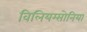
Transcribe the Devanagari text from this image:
विलियम्सोनिया